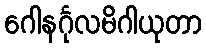
ဂေါနင်္ဂုလမိဂါယုတာ